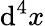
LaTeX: \mathrm{d}^{4}x